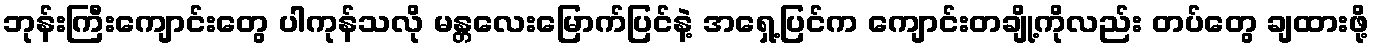
ဘုန်းကြီးကျောင်းတွေ ပါကုန်သလို မန္တလေးမြောက်ပြင်နဲ့ အရှေ့ပြင်က ကျောင်းတချို့ကိုလည်း တပ်တွေ ချထားဖို့